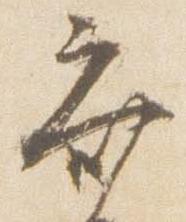
斉